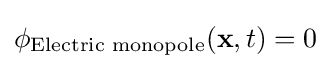
\phi _{\text{Electric monopole}}(\mathbf {x} ,t)=0